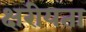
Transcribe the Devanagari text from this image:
क्षरीयता